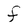
Character: f